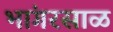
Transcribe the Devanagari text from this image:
भांगरसाळ